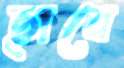
ছাবে